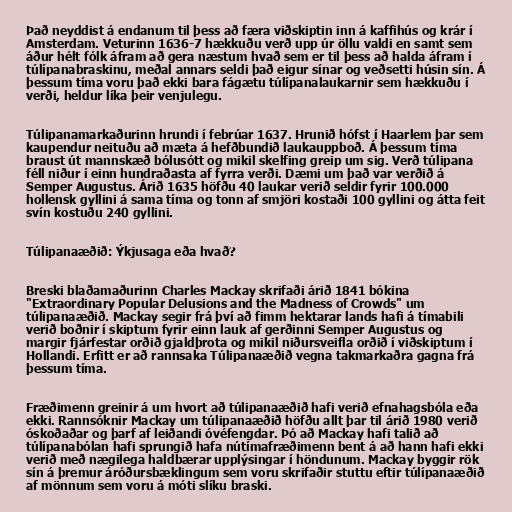
Það neyddist á endanum til þess að færa viðskiptin inn á kaffihús og krár í
Amsterdam. Veturinn 1636-7 hækkuðu verð upp úr öllu valdi en samt sem
áður hélt fólk áfram að gera næstum hvað sem er til þess að halda áfram í
túlípanabraskinu, meðal annars seldi það eigur sínar og veðsetti húsin sín. Á
þessum tíma voru það ekki bara fágætu túlípanalaukarnir sem hækkuðu í
verði, heldur líka þeir venjulegu.

Túlipanamarkaðurinn hrundi í febrúar 1637. Hrunið hófst í Haarlem þar sem
kaupendur neituðu að mæta á hefðbundið laukauppboð. Á þessum tíma
braust út mannskæð bólusótt og mikil skelfing greip um sig. Verð túlipana
féll niður í einn hundraðasta af fyrra verði. Dæmi um það var verðið á
Semper Augustus. Árið 1635 höfðu 40 laukar verið seldir fyrir 100.000
hollensk gyllini á sama tíma og tonn af smjöri kostaði 100 gyllini og átta feit
svín kostuðu 240 gyllini.

Túlipanaæðið: Ýkjusaga eða hvað?

Breski blaðamaðurinn Charles Mackay skrifaði árið 1841 bókina
"Extraordinary Popular Delusions and the Madness of Crowds" um
túlipanaæðið. Mackay segir frá því að fimm hektarar lands hafi á tímabili
verið boðnir í skiptum fyrir einn lauk af gerðinni Semper Augustus og
margir fjárfestar orðið gjaldþrota og mikil niðursveifla orðið í viðskiptum í
Hollandi. Erfitt er að rannsaka Túlipanaæðið vegna takmarkaðra gagna frá
þessum tíma.

Fræðimenn greinir á um hvort að túlipanaæðið hafi verið efnahagsbóla eða
ekki. Rannsóknir Mackay um túlipanaæðið höfðu allt þar til árið 1980 verið
óskoðaðar og þarf af leiðandi óvéfengdar. Þó að Mackay hafi talið að
túlípanabólan hafi sprungið hafa nútímafræðimenn bent á að hann hafi ekki
verið með nægilega haldbærar upplýsingar í höndunum. Mackay byggir rök
sín á þremur áróðursbæklingum sem voru skrifaðir stuttu eftir túlípanaæðið
af mönnum sem voru á móti slíku braski.